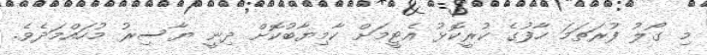
މި ގޯލު ފުރަތަމަ ހާފުގެ ކުރީކޮޅު އެޓީމަށް ކާމިޔާބުކޮށް ދިނީ ޔާސިރު މުހައްމަދެވެ.